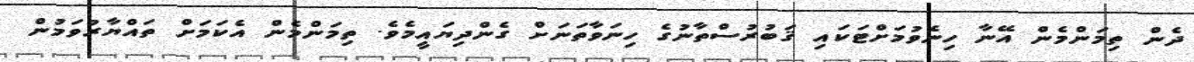
ދެން ތިމަންމެން އޭނާ ހިނެވުމަށްޓަކައި ޤަބުރުސްތާނުގެ ހިނަވާތަނަށް ގެންދިޔައީމެވެ. ތިމަންމެން އެކަމަށް ތައްޔާރުވަމުން